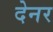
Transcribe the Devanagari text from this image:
देनर